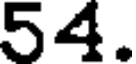
54.